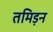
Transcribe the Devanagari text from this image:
तमिड़न